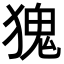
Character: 𪻆